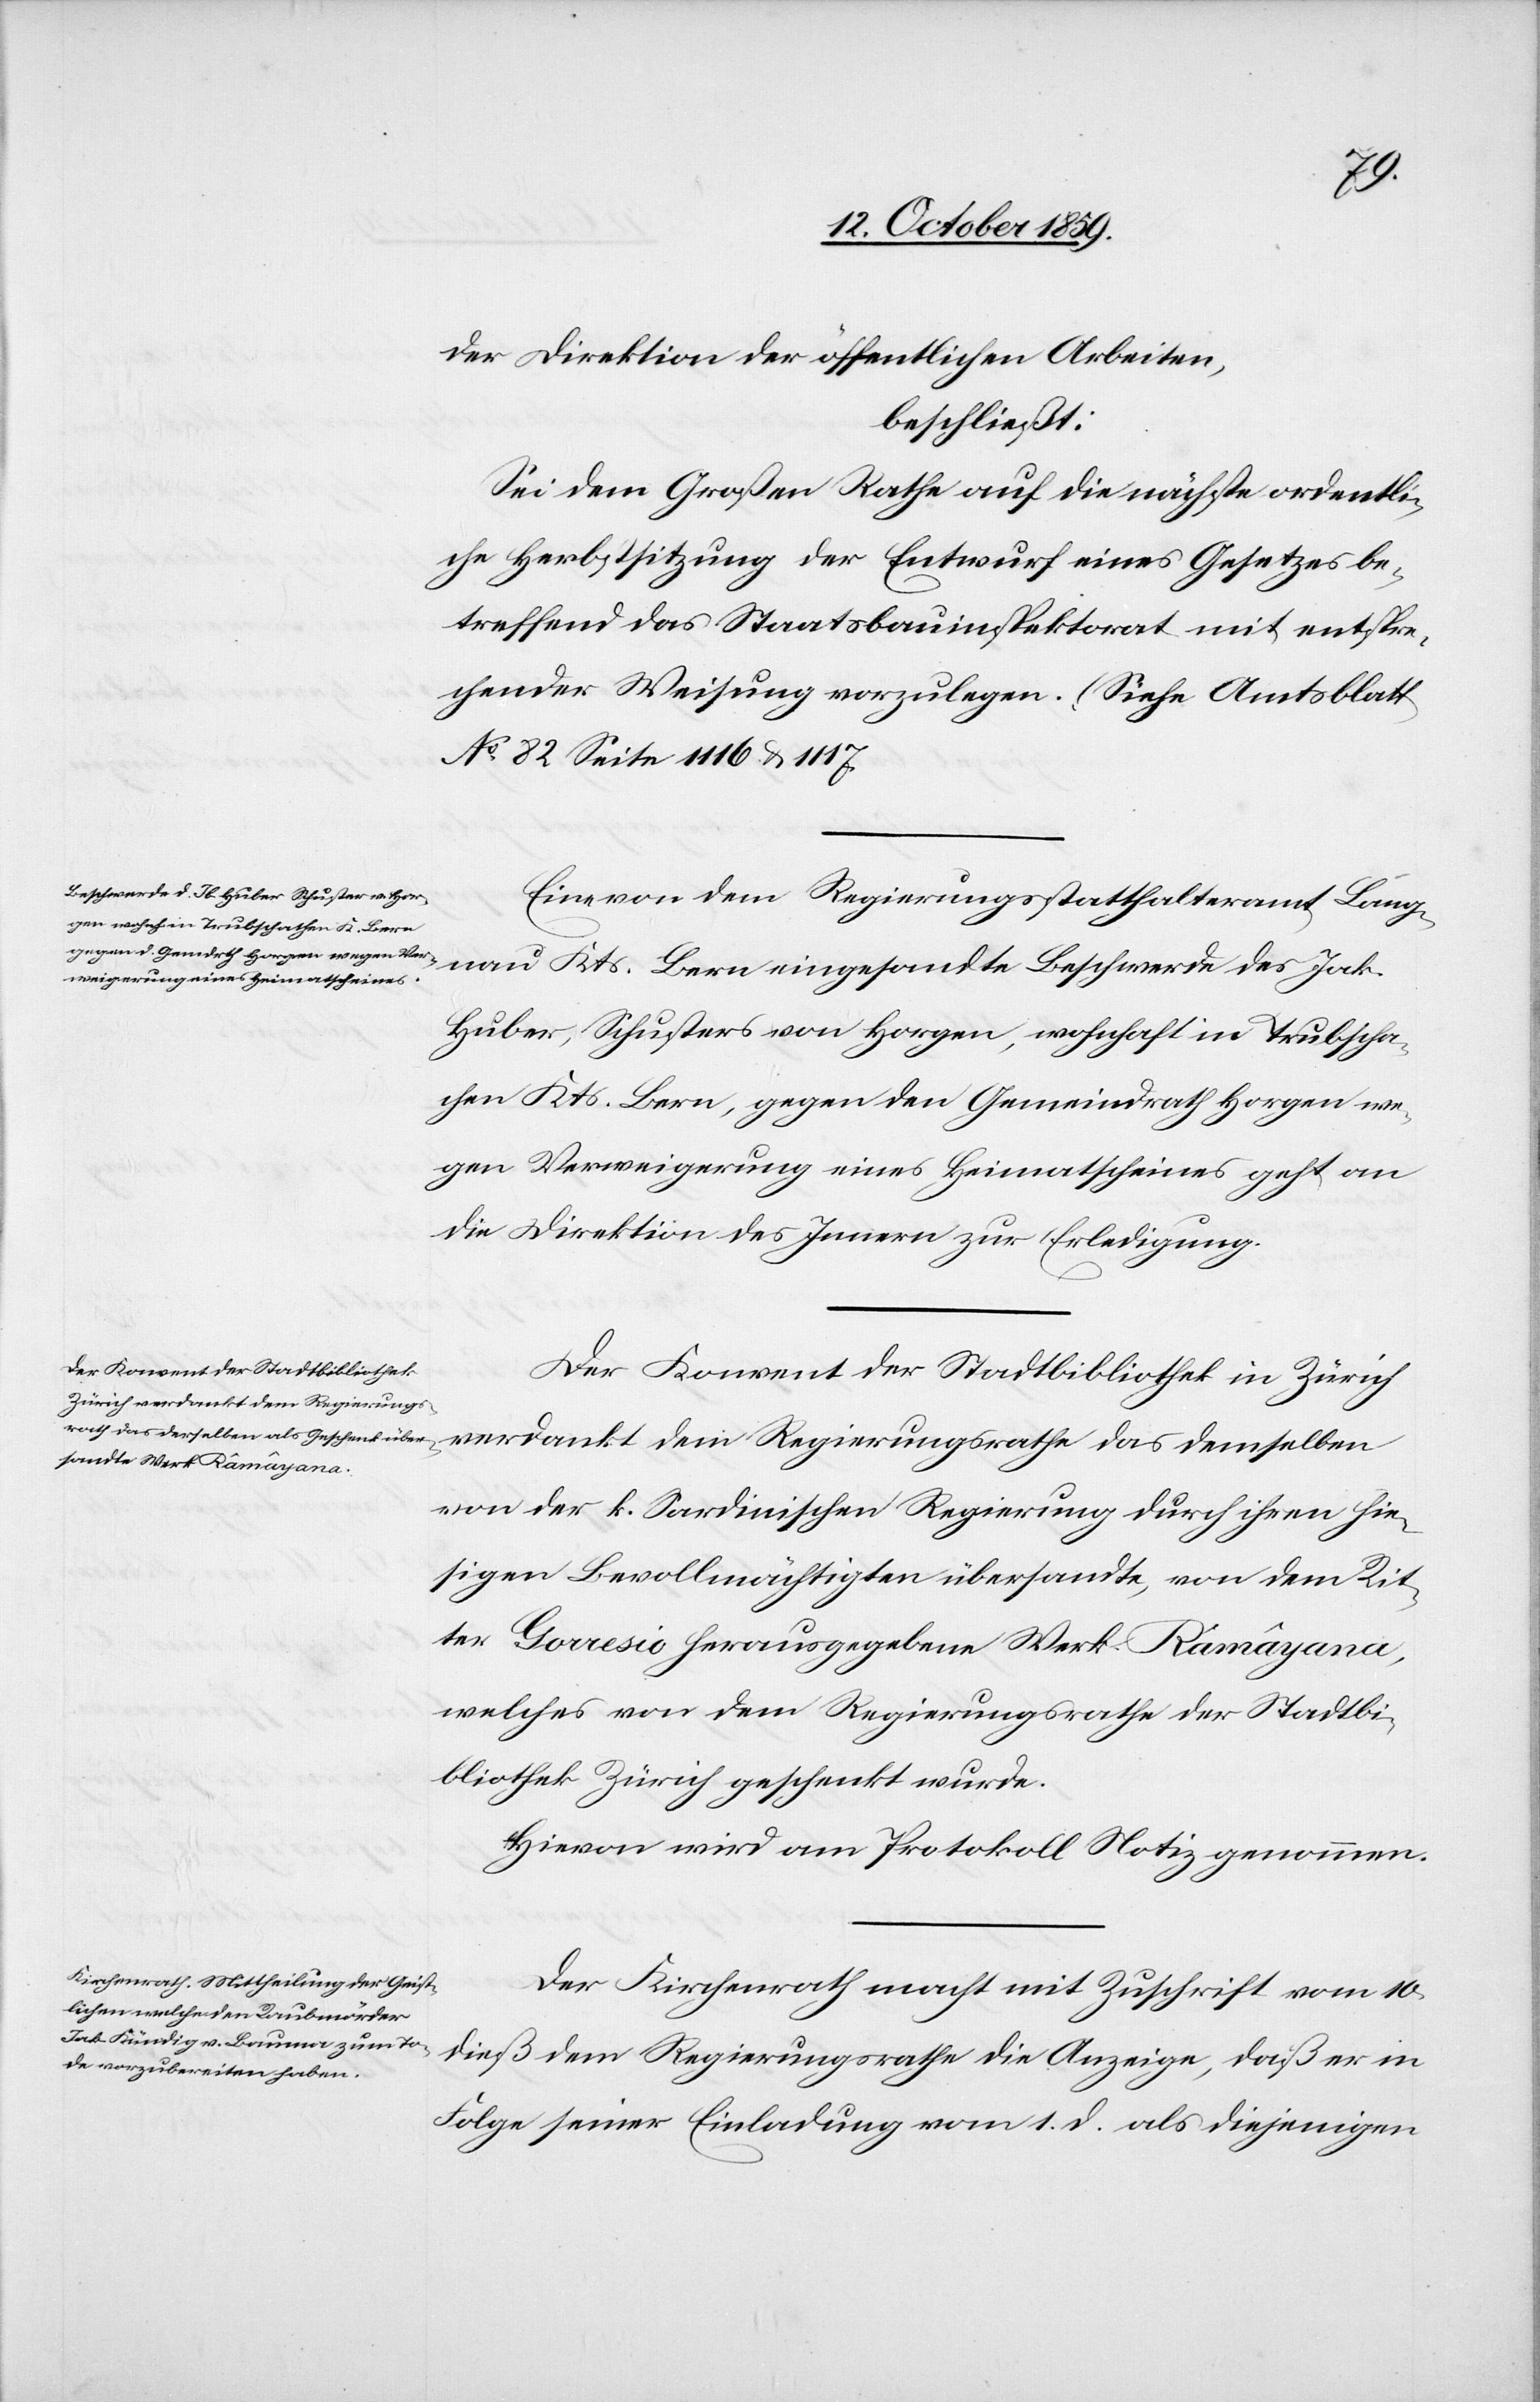
der Direktion der öffentlichen Arbeiten,
beschließt:
Sei dem Großen Rathe auf die nächste ordentli¬
che Herbstsitzung der Entwurf eines Gesetzes be¬
treffend des Staatsbauinspektorat mit entspre¬
chender Weisung vorzulegen. (Siehe Amtsblatt
No 82 Seite 1116 & 1117.[)]
Eine von dem Regierungsstatthalteramt Lang¬
das demselben
nau Kts. Bern eingesandte Beschwerde des Jak.
Huber, Schusters von Horgen, wohnhaft in Trubscha¬
chen Kts. Bern, gegen den Gemeindrath Horgen we¬
gen Verweigerung eines Heimatscheines geht an
die Direktion des Inneren zu Erledigung.
Der Konvent der Stadtbibliothek
Zürich verdankt dem Regierungs¬
von der k. Sardinischen Regierung durch ihren hie¬
sigen Bevollmächtigten übersandte, von dem Rit¬
ter Gorresio herausgegebene Werk Râmâyana,
welches von dem Regierungsrathe der Stadtbi¬
bliothek Zürich geschenkt wurde.
Hievon wird am Protokoll Notiz genommen.
Der Kirchenrath macht mit Zuschrift vom 10.
dieß dem Regierungsrathe die Anzeige, daß er in
Folge seiner Einladung vom1. d. als diejenigen